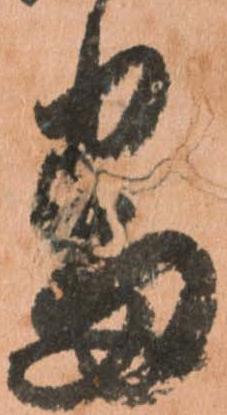
番